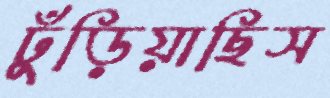
ঢুঁড়িয়াছিস